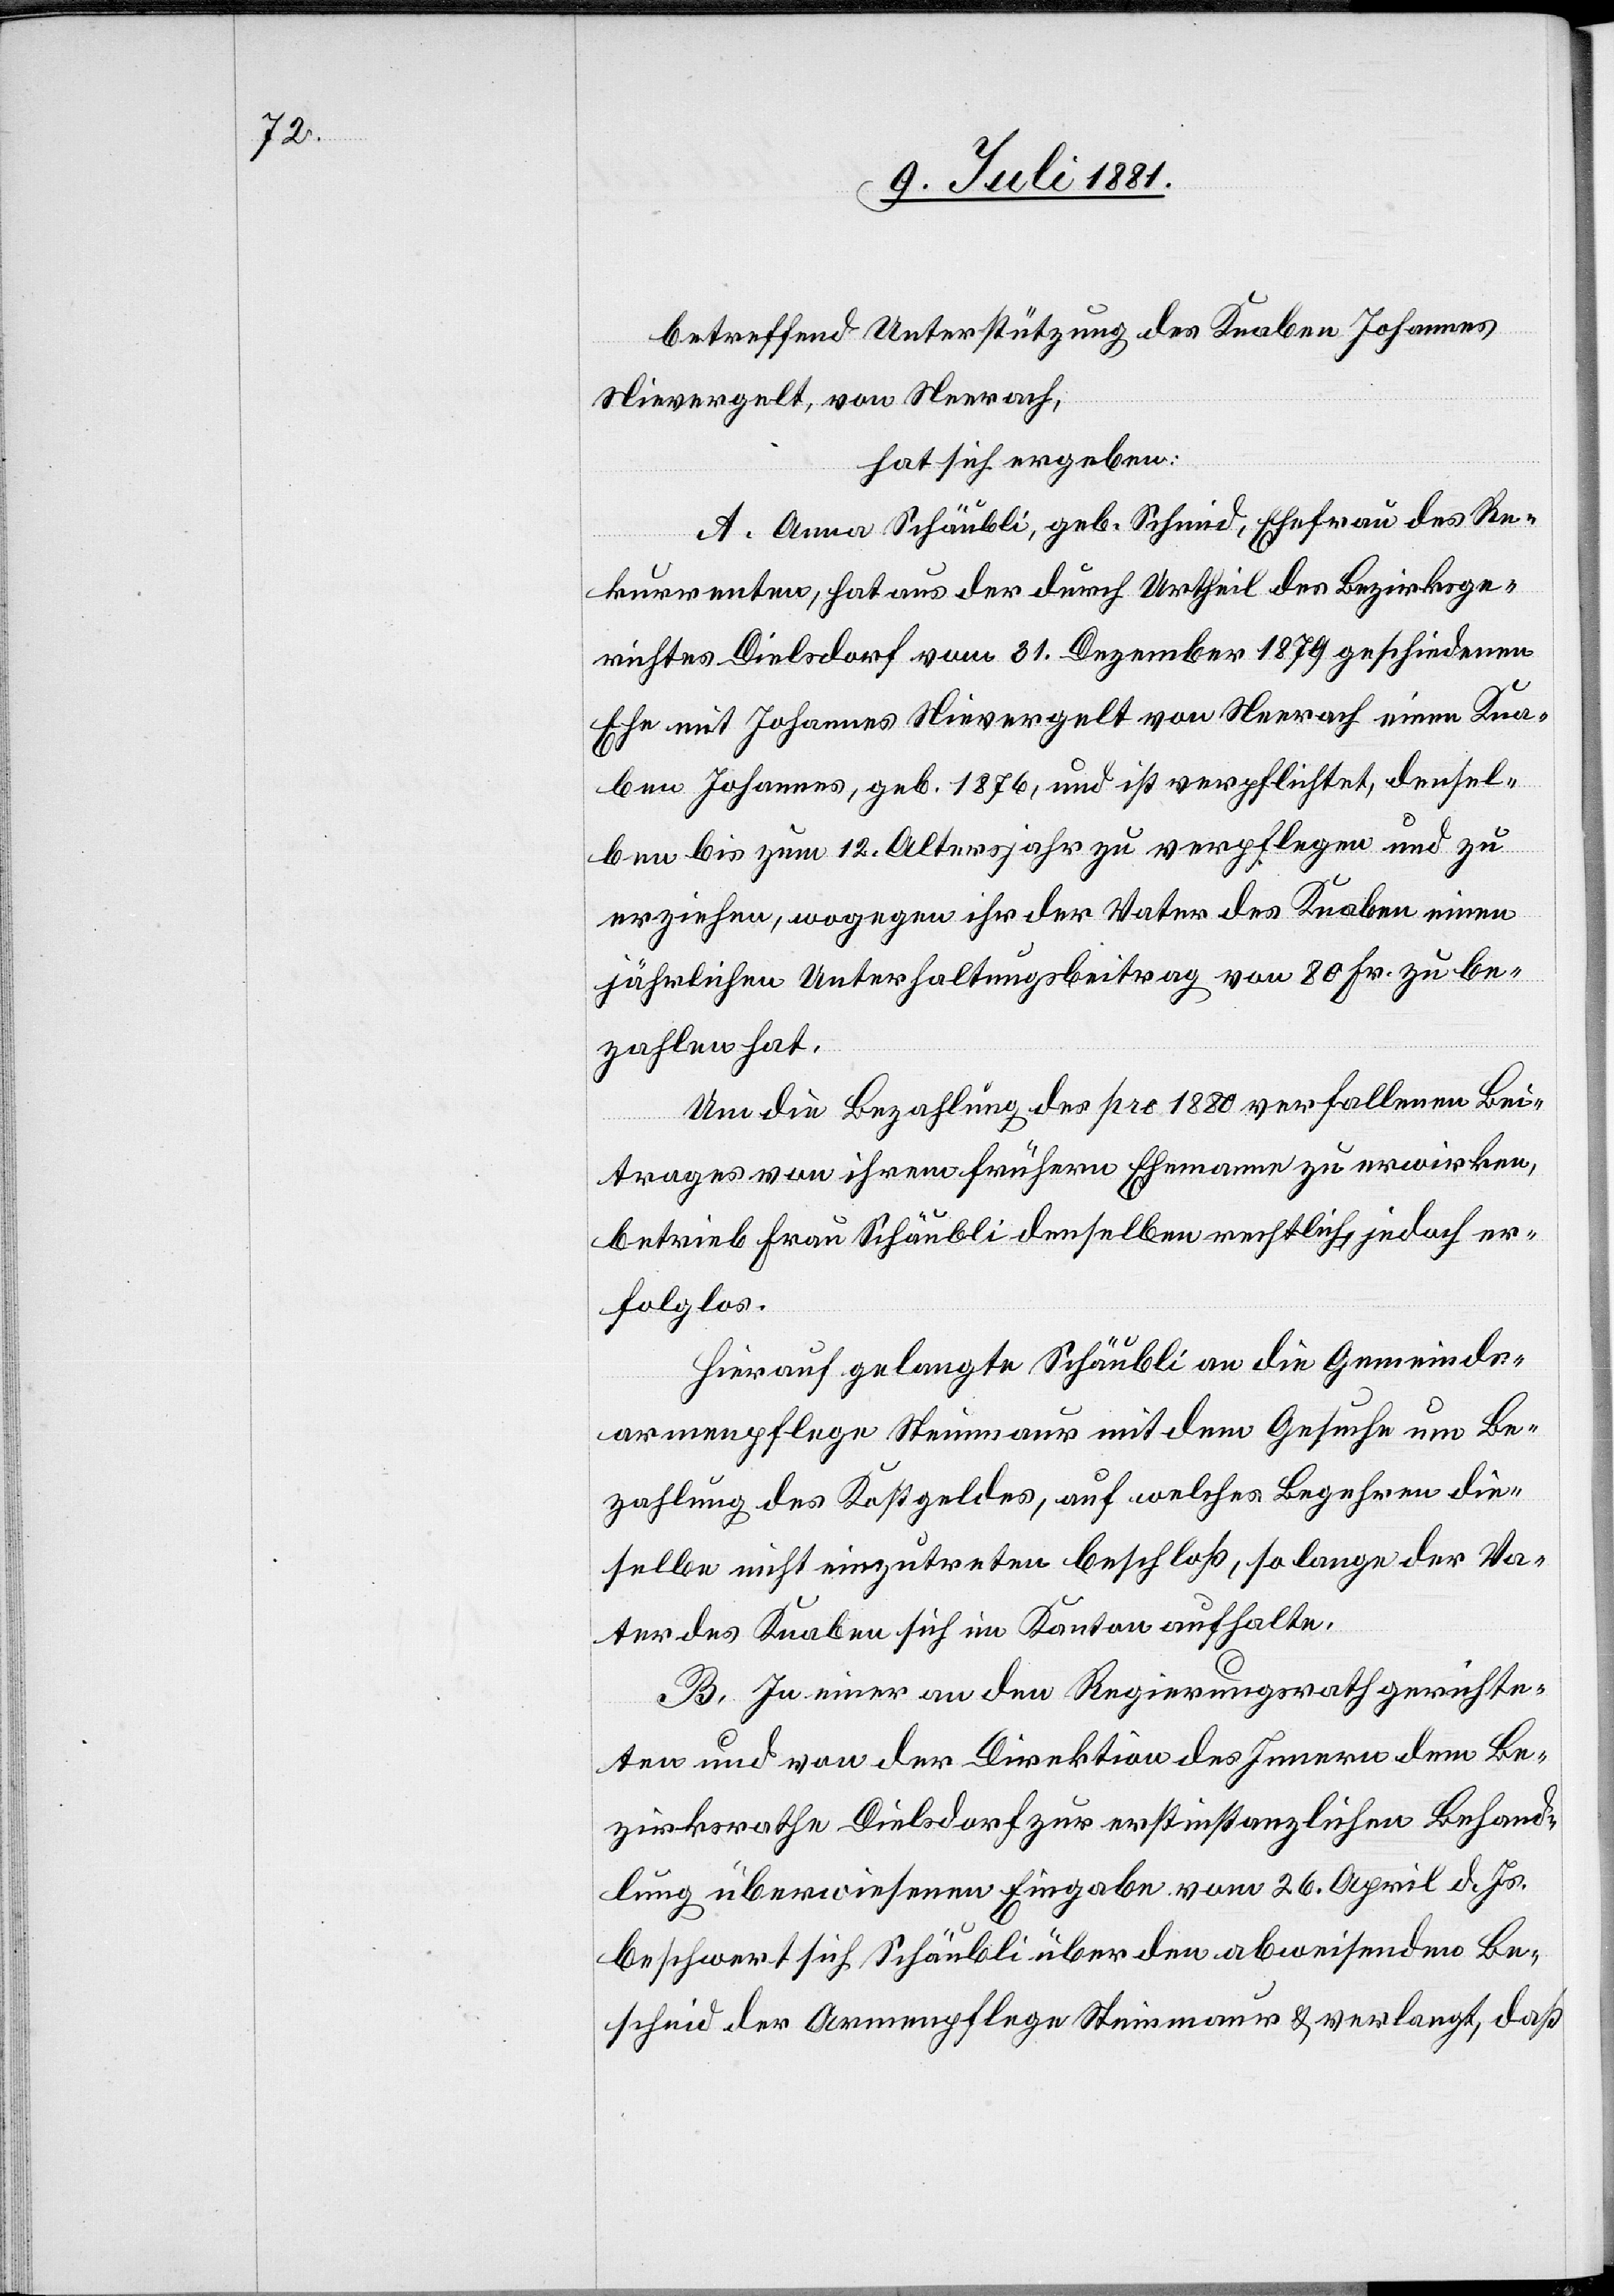
betreffend Unterstützung des Knaben Johannes
Nievergelt, von Neerach,
hat sich ergeben:
A. Anna Schäubli, geb. Schmid, Ehefrau des Re¬
kurrenten, hat aus der durch Urtheil des Bezirksge¬
richtes Dielsdorf vom 31. Dezember 1879 geschiedenen
Ehe mit Johannes Nievergelt von Neerach einen Kna¬
ben Johannes, geb. 1876, und ist verpflichtet, densel¬
ben bis zum 12. Altersjahr zu verpflegen und zu
erziehen, wogegen ihr der Vater des Knaben einen
jährlichen Unterhaltungsbeitrag vom 80 Fr. zu be¬
zahlen hat.
Um die Bezahlung des pro 1880 verfallenen Bei¬
trages von ihren frühern Ehemanne zu erwirken,
betrieb Frau Schäubli denselben rechtlich, jedoch er¬
folglos.
Hierauf gelangte Schäubli an die Gemeinds¬
armenpflege Steinmaur mit dem Gesuche um Be¬
zahlung des Kostgeldes, auf welches Begehren die¬
selbe nicht einzutreten beschloß, so lange der Va¬
ter des Knaben sich im Kanton aufhalte.
B. In einer an den Regierungsrath gerichte¬
ten und von der Direktion des Innern dem Be¬
zirksrathe Dielsdorf zur erstinstanzlichen Behand¬
lung überwiesenen Eingabe vom 26. April d. Js.
beschwert sich Schäubli über den abweisenden Be¬
scheid der Armenpflege Steinmaur & verlangt, daß